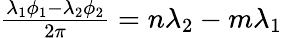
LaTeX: \begin{array}{r}{\frac{\lambda_{1}\phi_{1}-\lambda_{2}\phi_{2}}{2\pi}=n\lambda_{2}-m\lambda_{1}}\end{array}